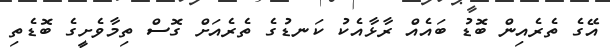
އޭގެ ތެރެއިން ބޮޑު ބައެއް ރާޅާއެކު ކަނޑުގެ ތެރެއަށް ގޮސް ތިމާވެށީގެ ބޮޑެތި